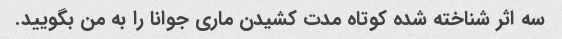
سه اثر شناخته شده کوتاه مدت کشیدن ماری جوانا را به من بگویید.